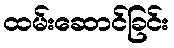
ထမ်းဆောင်ခြင်း